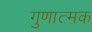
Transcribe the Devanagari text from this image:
गुणात्‍मक